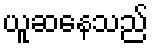
ယူဆနေသည်